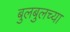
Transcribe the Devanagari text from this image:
बुलबुलच्या